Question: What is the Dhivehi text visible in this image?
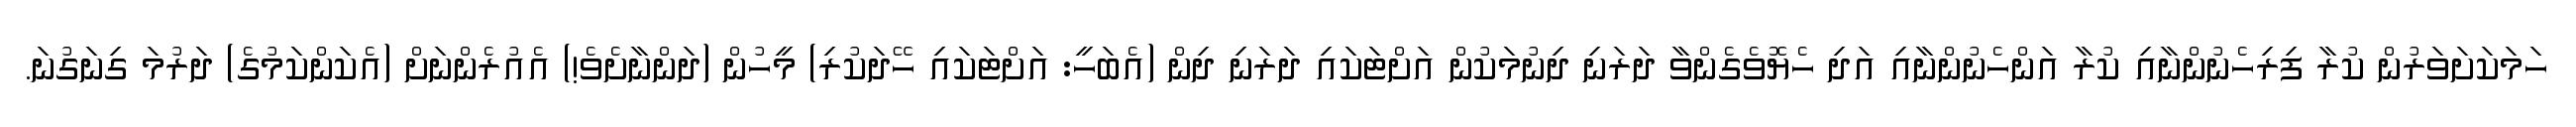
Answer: ހަމަކަށަވަރުން ކުރާ ފިރިހެނުންނާއި ކުރާ އަންހެނުންނާއި އަދި ހެޔޮވެގެންވާ ދަރަނި ދިނުމަކުން އަށްޓަކައި ދަރަނި ދިން (އެބަހީ: އަށްޓަކައި ހޭދަކުރި) މީހުން (ދަންނާށެވެ!) އެއުރެންނަށް (އެކަންކަމުގެ) ދަރުމަ ގިނަގުނަ.